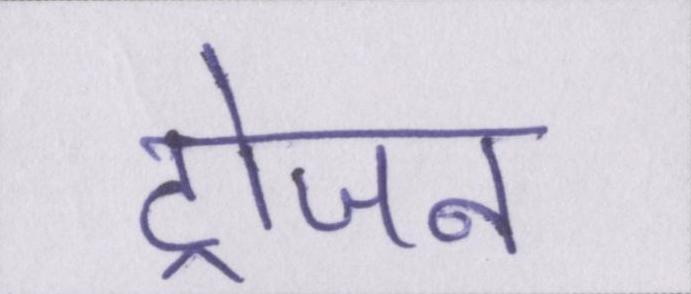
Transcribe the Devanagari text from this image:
ट्रोजन